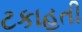
ટકાહતી